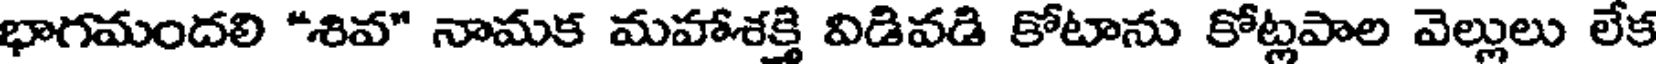
భాగమందలి *శివ" నామక మహాశక్తి విడివడి కోటాను కోట్లపాల వెల్లులు లేక